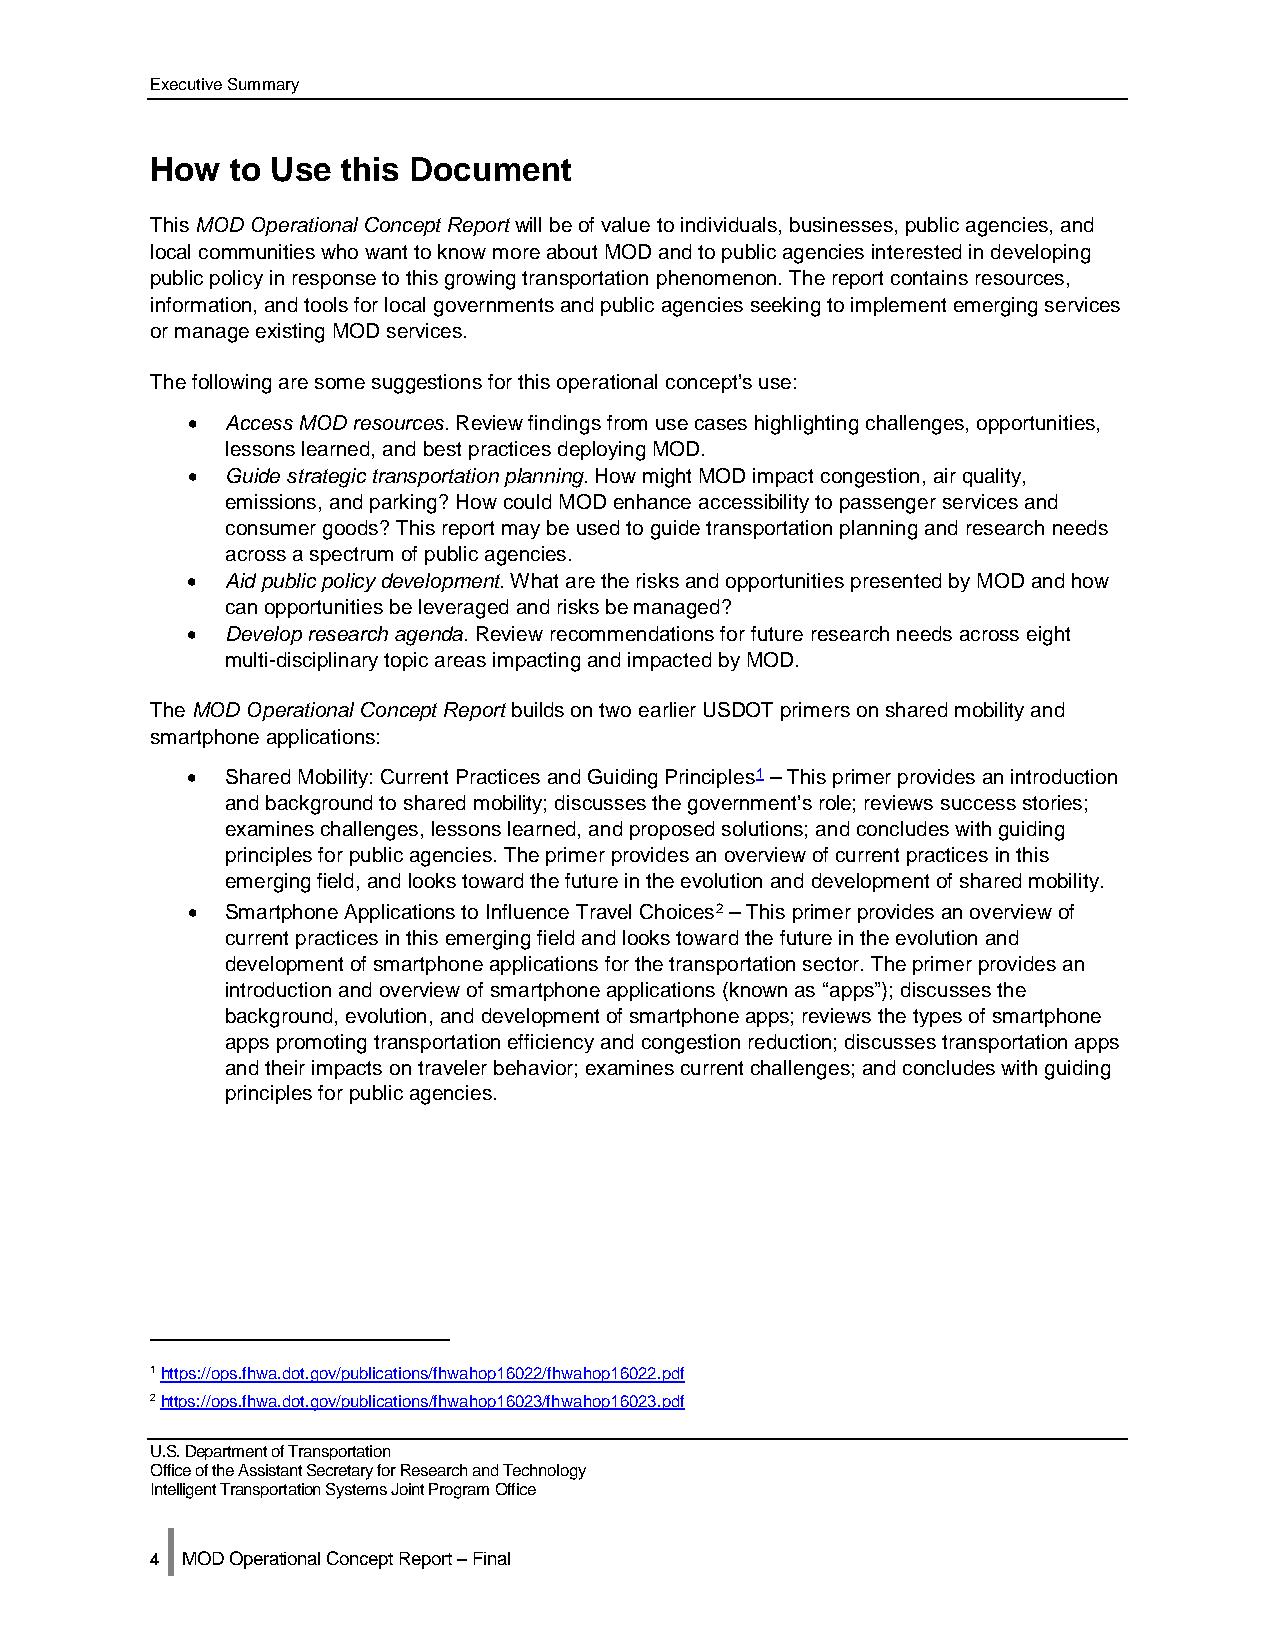
Executive Summary
 How  to Use  this Document
 This MOD Operational Concept Report will be of value to individuals, businesses, public agencies, and
 local communities who want to know more about MOD and to public agencies interested in developing
 public policy in response to this growing transportation phenomenon. The report contains resources,
 information, and tools for local governments and public agencies seeking to implement emerging services
 or manage existing MOD services.
 The following are some suggestions for this operational concept’s use:
 •  Access MOD resources. Review findings from use cases highlighting challenges, opportunities,
 lessons learned, and best practices deploying MOD.
 •  Guide strategic transportation planning. How might MOD impact congestion, air quality,
 emissions, and parking? How could MOD enhance accessibility to passenger services and
 consumer goods? This report may be used to guide transportation planning and research needs
 across a spectrum of public agencies.
 •  Aid public policy development. What are the risks and opportunities presented by MOD and how
 can opportunities be leveraged and risks be managed?
 •  Develop research agenda. Review recommendations for future research needs across eight
 multi-disciplinary topic areas impacting and impacted by MOD.
 The MOD Operational Concept Report builds on two earlier USDOT primers on shared mobility and
 smartphone applications:
 •  Shared Mobility: Current Practices and Guiding Principles1 – This primer provides an introduction
 and background to shared mobility; discusses the government’s role; reviews success stories;
 examines challenges, lessons learned, and proposed solutions; and concludes with guiding
 principles for public agencies. The primer provides an overview of current practices in this
 emerging field, and looks toward the future in the evolution and development of shared mobility.
 •  Smartphone Applications to Influence Travel Choices2 – This primer provides an overview of
 current practices in this emerging field and looks toward the future in the evolution and
 development of smartphone applications for the transportation sector. The primer provides an
 introduction and overview of smartphone applications (known as “apps”); discusses the
 background, evolution, and development of smartphone apps; reviews the types of smartphone
 apps promoting transportation efficiency and congestion reduction; discusses transportation apps
 and their impacts on traveler behavior; examines current challenges; and concludes with guiding
 principles for public agencies.
 1 https://ops.fhwa.dot.gov/publications/fhwahop16022/fhwahop16022.pdf
 2 https://ops.fhwa.dot.gov/publications/fhwahop16023/fhwahop16023.pdf
 U.S. Department of Transportation
 Office of the Assistant Secretary for Research and Technology
 Intelligent Transportation Systems Joint Program Office
 |
 4 MOD Operational Concept Report – Final